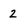
Character: 2